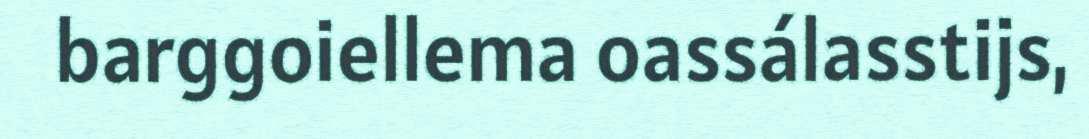
barggoiellema oassálasstijs,